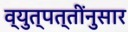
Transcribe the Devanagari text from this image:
व्युत्पत्तींनुसार